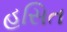
હસિત